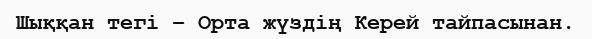
Шыққан тегі – Орта жүздің Керей тайпасынан.